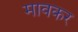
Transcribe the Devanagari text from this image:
मावकर